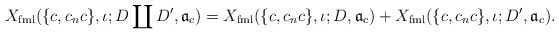
\begin{align*} X_{\mathrm{fml}}(\{c,c_nc\},\iota;D \coprod D',\mathfrak a_c)=X_{\mathrm{fml}}(\{c,c_nc\},\iota;D,\mathfrak a_c)+X_{\mathrm{fml}}(\{c,c_nc\},\iota;D',\mathfrak a_c).\end{align*}